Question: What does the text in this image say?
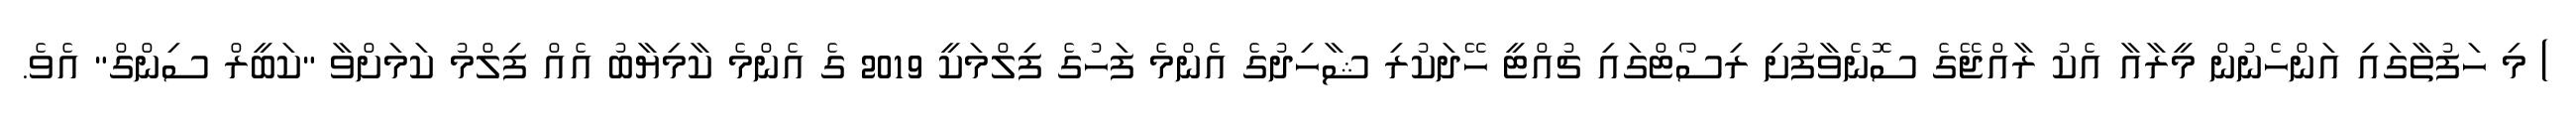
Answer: ) މި ހަފުތާގައި އަންހެނުން މީރާއާ އެކު ރާއްޖޭގެ ސޮނެވާފުށި ރިސޯޓްގައި ޗުއްޓީ ހޭދަކުރި ޝާހިދުގެ އެންމެ ފަހުގެ ފިލްމަކީ 2019 ގެ އެންމެ ކާމިޔާބު އެއް ފިލްމު ކަމަށްވާ "ކަބީރް ސިންގް" އެވެ.